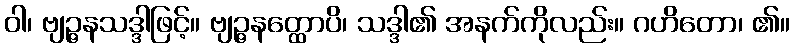
ဝါ၊ ဗျဉ္ဇနသဒ္ဒါဖြင့်။ ဗျဉ္ဇနတ္ထောပိ၊ သဒ္ဒါ၏ အနက်ကိုလည်း။ ဂဟိတော၊ ၏။